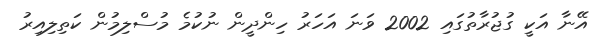
އޭނާ އަކީ ގުޖުރާތުގައި 2002 ވަނަ އަހަރު ހިންދީން ނުކުމެ މުސްލިމުން ކަތިލިއިރު